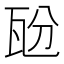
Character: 瓰